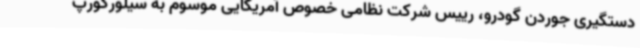
دستگیری جوردن گودرو، رییس شرکت نظامی خصوص آمریکایی موسوم به سیلورکورپ